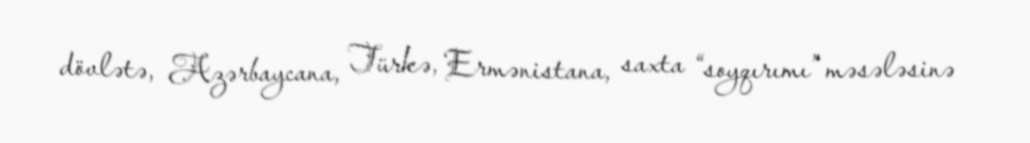
dövlətə, Azərbaycana, Türkə, Ermənistana, saxta “soyqırımı” məsələsinə